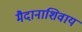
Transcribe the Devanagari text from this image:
मैदानाशिवाय